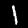
Digit: 1